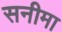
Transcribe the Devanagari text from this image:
सनीमा